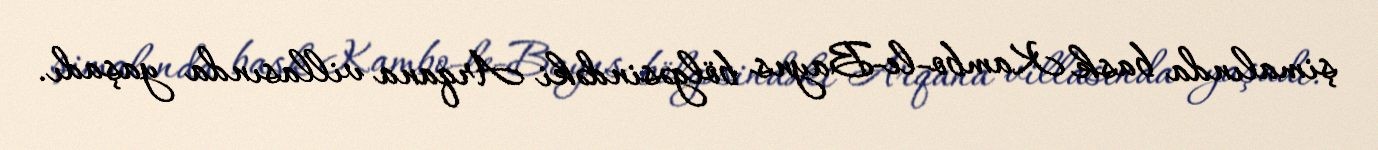
şimalında bask Kambo-le-Bayns bölgəsindəki Arqana villasında yaşadı.